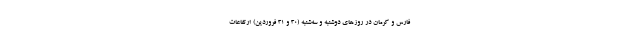
فارس و کرمان در روزهای دوشنبه و سه‌شنبه (30 و 31 فروردین) ارتفاعات